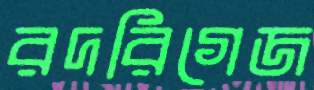
রদরিগেজ